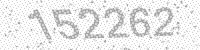
Solution: 152262